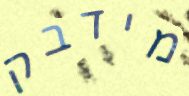
מידבק